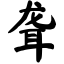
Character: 聋